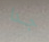
جدا